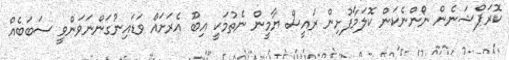
ކޮރަޕްޝަނެން ނޯންނެކަން ކޮލަމާފުށިން ރައީސް ޔާމީން ނެތުމަކީ އިބޫ އެރަށައް ވަޑައިނުގަންނަވަންވީ ސަބަބެއް